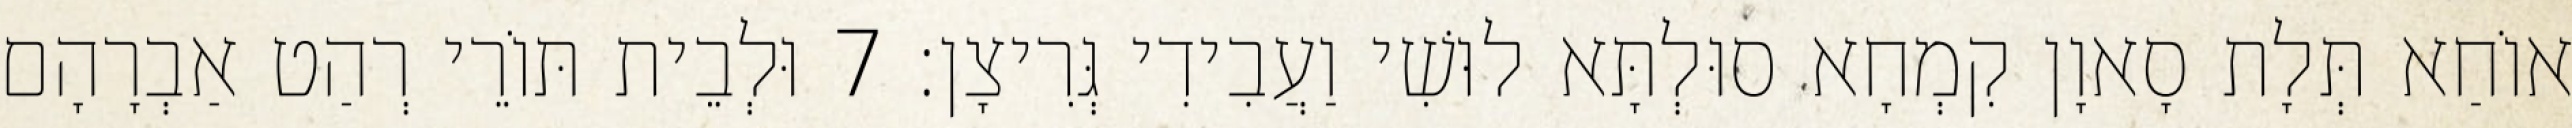
אוֹחַא תְּלָת סָאוָן קִמְחָא סוּלְתָּא לוּשִׁי וַעֲבִידִי גְּרִיצָן׃ 7 וּלְבֵית תּוֹרֵי רְהַט אַבְרָהָם